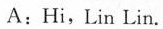
A:Hi,Lin Lin.